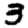
Digit: 3